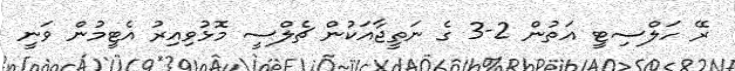
ރޭ ހަލްސިޓީ އަތުން 2-3 ގެ ނަތީޖާއަކުން ޗެލްސީ މޮޅުވިއިރު އެޓީމުން ވަނީ